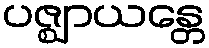
ပဇ္ဈာယန္တေ